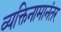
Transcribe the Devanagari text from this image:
व्यक्तिनामानंतर